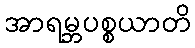
အာရမ္ဘပစ္စယာတိ